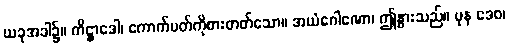
ယခုအခါ၌။ ကိဋ္ဌာဒေါ၊ ကောက်ပတ်ကိုစားတတ်သော။ အယံဂေါဏော၊ ဤနွားသည်။ ပုန ဒေဝ၊